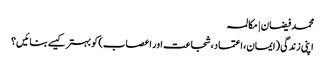
محمد فیضان | مکالمہ
اپنی زندگی (ایمان، اعتماد، شجاعت اور اعصاب) کو بہتر کیسے بنائیں؟